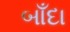
બાઁદા